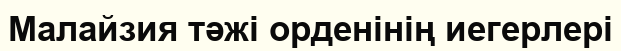
Малайзия тәжі орденінің иегерлері